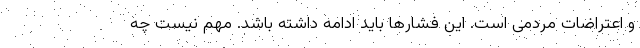
و اعتراضات مردمی است. این فشارها باید ادامه داشته باشد. مهم نیست چه